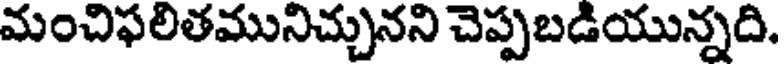
మంచిఫలితమునిచ్చునని చెప్పబడియున్నది.